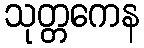
သုတ္တကေန